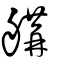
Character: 𦩷